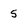
Character: s